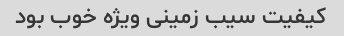
کیفیت سیب زمینی ویژه خوب بود